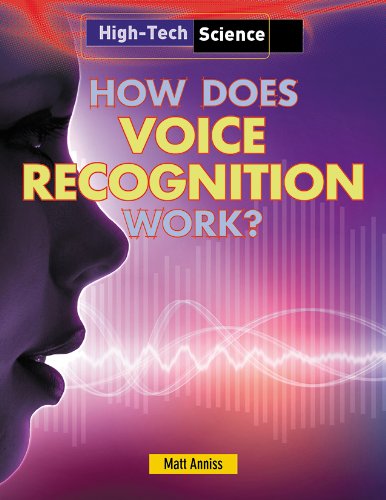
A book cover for How Does Voice Recognition Work? (High-Tech Science); Matt Anniss; Children's Books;